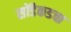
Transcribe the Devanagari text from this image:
सोंडेकडचा